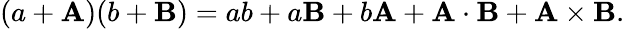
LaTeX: (a+\mathbf{A})(b+\mathbf{B})=ab+a\mathbf{B}+b\mathbf{A}+\mathbf{A}\cdot\mathbf{B}+\mathbf{A}\times\mathbf{B}.